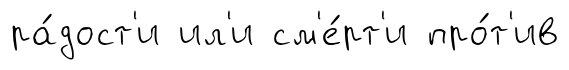
ра́дост'и ил'и см'е́рт'и про́т'ив